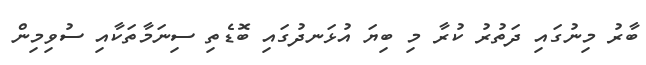
ބާރު މިނުގައި ދަތުރު ކުރާ މި ބިޔަ އުޅަނދުގައި ބޮޑެތި ސިނަމާތަކާއި ސުވިމިން